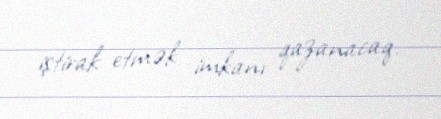
iştirak etmək imkanı qazanacaq.